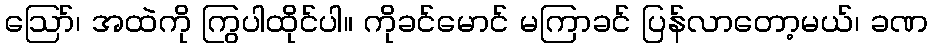
ဩော်၊ အထဲကို ကြွပါထိုင်ပါ။ ကိုခင်မောင် မကြာခင် ပြန်လာတော့မယ်၊ ခဏ